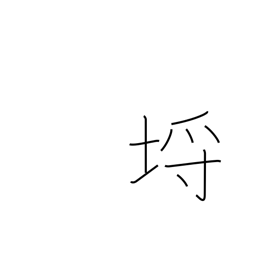
Meaning: limits